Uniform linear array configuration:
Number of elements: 48
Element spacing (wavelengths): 0.5
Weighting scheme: uniform
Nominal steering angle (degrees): -45
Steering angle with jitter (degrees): -45.432
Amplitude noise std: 0.05
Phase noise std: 0.05

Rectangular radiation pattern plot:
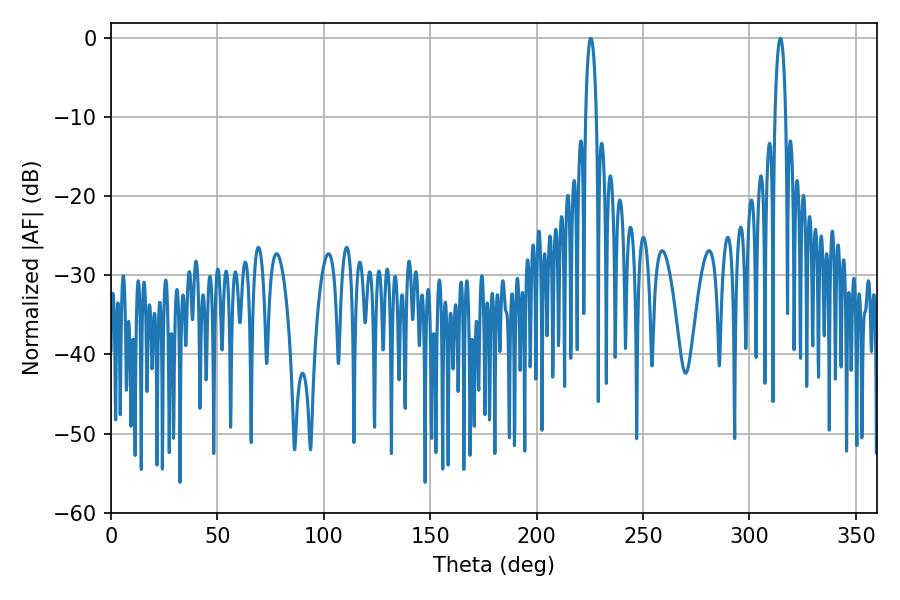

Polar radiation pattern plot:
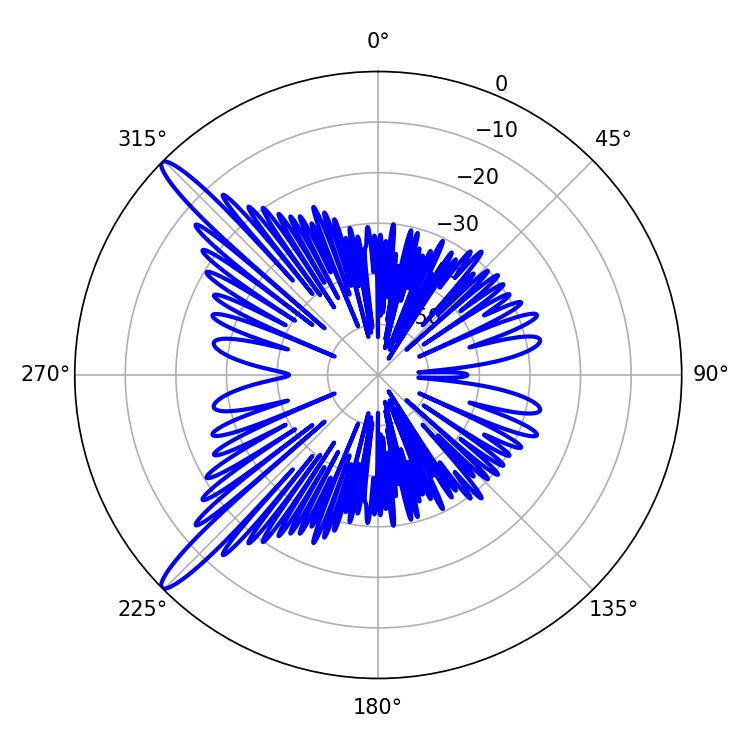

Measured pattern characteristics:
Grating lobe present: FALSE
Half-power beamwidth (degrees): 2.88
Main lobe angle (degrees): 314.46